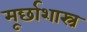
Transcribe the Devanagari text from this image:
मूर्छाशास्त्र